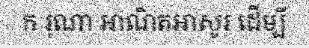
ក រុណា អាណិតអាសូរ ដើម្បី